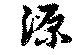
源